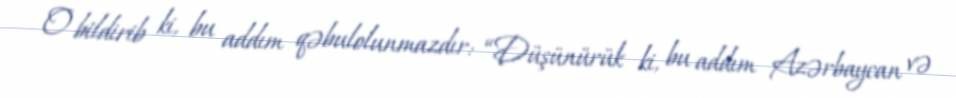
O bildirib ki, bu addım qəbulolunmazdır: “Düşünürük ki, bu addım Azərbaycan və